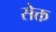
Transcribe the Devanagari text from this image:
सेक्त